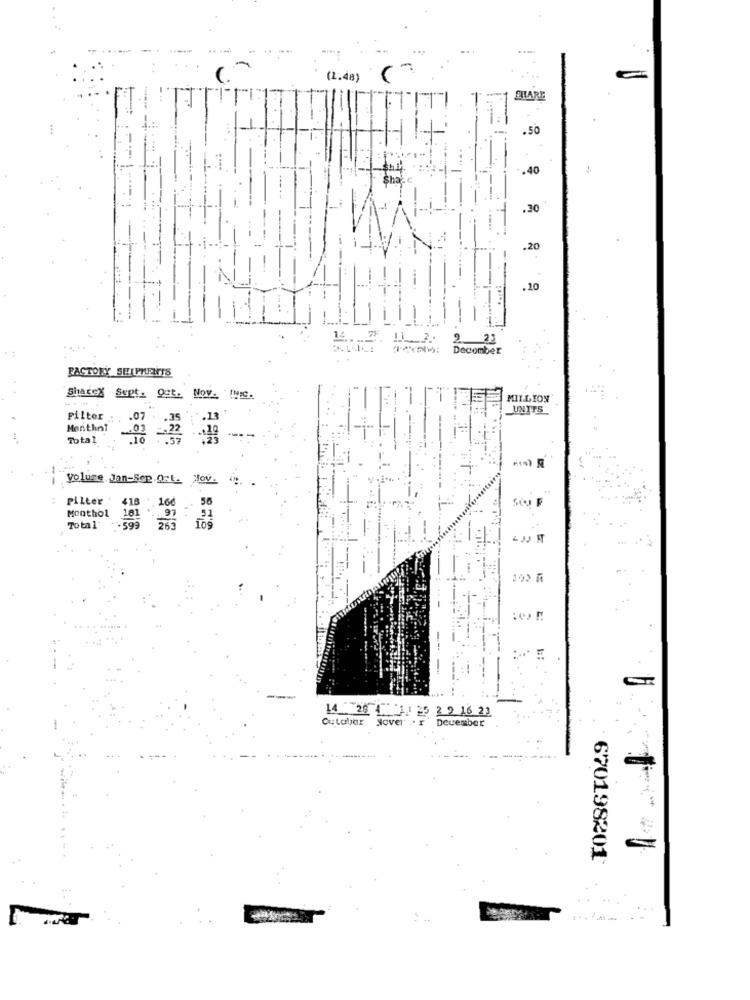
(1.48)
CHIARE
.50
.40
.30
.20
.10
9
Decomber
FACTORY SHIPMENTS
Sharex Sept. Out. Nov. ! NIC.
MILLION
UNITS
Filter
Menthol
:07
Total
yolure. Jan-Sep.Q:t. Hov.
pilter
56
418 .166
Monthol
101
Total
109
Cutalar
14 26 1" 1 / 20 2 0 16 23
Sover . T
December
670198201